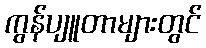
ကွန်ပျူတာများတွင်